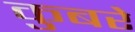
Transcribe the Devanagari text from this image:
कुबरे